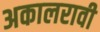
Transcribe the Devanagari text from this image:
अकालरावी